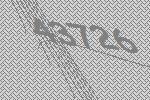
43726